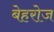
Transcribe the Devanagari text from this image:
बेहरोज